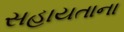
સહાયતાના